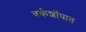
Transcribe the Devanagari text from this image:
वर्कशॉपात